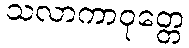
သလာကာဝုတ္တေ